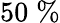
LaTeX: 50\; \%